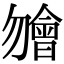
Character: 𣍐